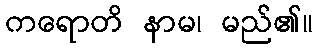
ကရောတိ နာမ၊ မည်၏။